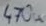
Text: 470u